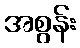
အစွန်း